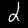
Label: 2